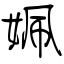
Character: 姵